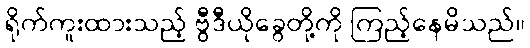
ရိုက်ကူးထားသည့် ဗွီဒီယိုခွေတို့ကို ကြည့်နေမိသည်။